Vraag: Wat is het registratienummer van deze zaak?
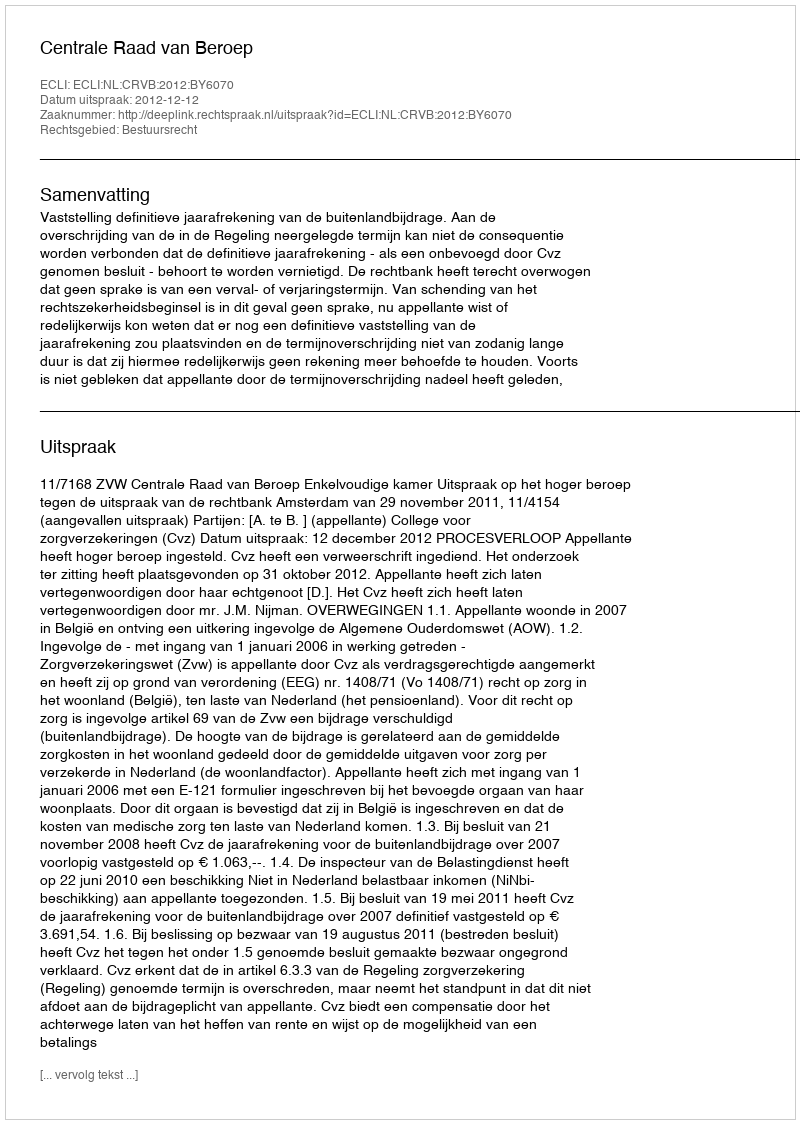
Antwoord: http://deeplink.rechtspraak.nl/uitspraak?id=ECLI:NL:CRVB:2012:BY6070